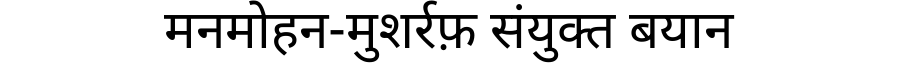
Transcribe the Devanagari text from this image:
मनमोहन-मुशर्रफ़ संयुक्त बयान